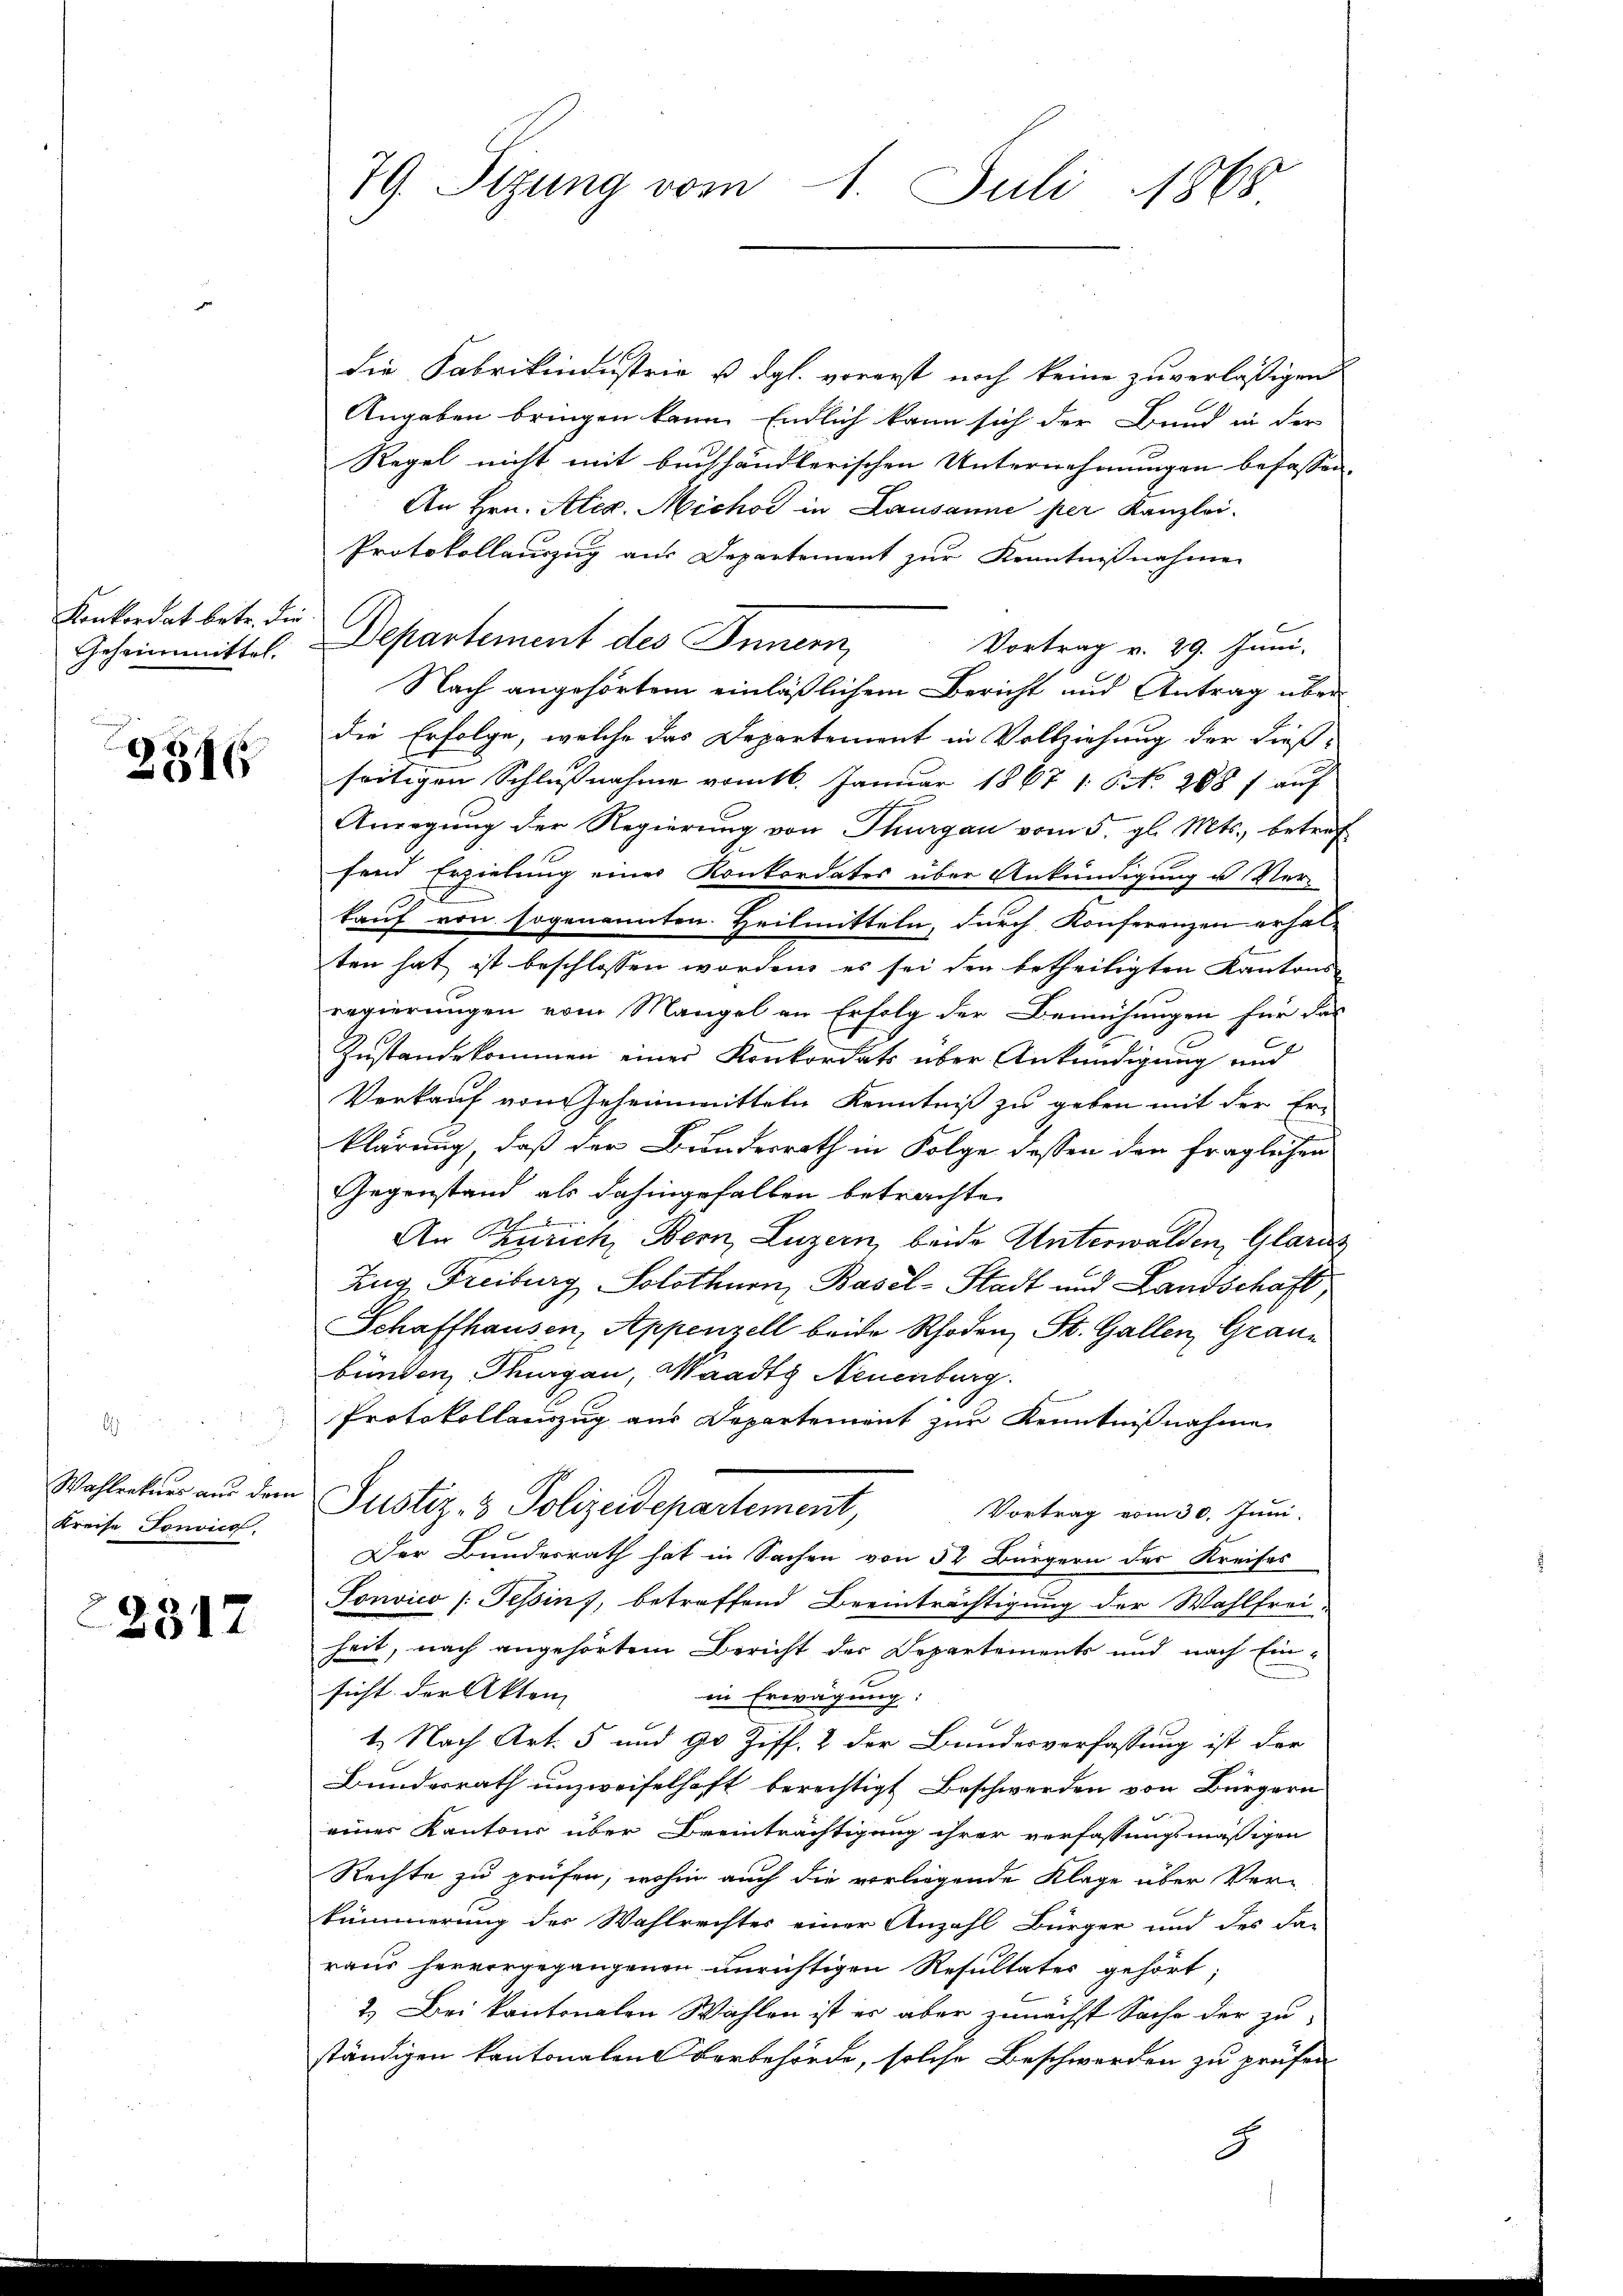
onkordat betr. die

2
016

Kreise Tonvict

2317

79. Sizung vom 1. Juli 1868

die Fabrikindustria u. dgl. vorerst noch keine zuverlässigen
Angaben bringen kann. Endlich kann sich der Bund in der
Regel nicht mit buchhändlerischen Unternehmungen befassen. |
An Hrn. Alex. Michor in Lausanne per Kanzlei.
Protokollauszug aus Departement zur Kenntnißnahme
Geheimmittel. Departement des Innern,
Vortrag v. 29. Juni.
Nach angehörtem einläßlichem Bericht und Antrag über
die Erfolge, welche das Departement in Vollziehung der dießseitigen Schlussnahme vom 16. Januar 1867 16. No. 288 f auf
Anregŭng der Regierŭng von Thurgau vom 5. gl. Mts., betref
fend Erzielung eines Konkordates über Ankündigung u Ver-
kauf von sogenannten Heilmitteln, durch Konferenzen erhal-
ten hat ist beschlossen worden, es sei den betheiligten Kantons-
regierungen vom Mangel an Erfolg der Bemühungen für das
Zustandekommen einer Konkordats über Ankündigung und
Verkauf von Geheimmitteln Kenntniß zu geben mit der Er-
klärung, daß der Bundesrath in Folge dessen den fraglichen
Gegenstand als dahingefallen betrachte.
f
An Zürich, Bern, Luzern, beide Unterwalden, Glarus
Zug, Freiburg, Solothurn, Basel-Stadt und Landschaft
Schaffhausen, Appenzell beide Rhoden St. Gallen, Graubünden, Thurgau, Waadt Neuenburg.
Protokollauszug aus Departement zur Kenntnißnahme
Wahlenker aus dem Justiz- & Polizeidepartement,
Vortrag vom 30. Juni:
Der Bundesrath hat in Sachen von 54 Bürgern der Kreises
Tonvico /: Tessin, betreffend Beeinträchtigung der Wahlfrei-
heit, nach angehörtem Bericht der Departements und nach Einsicht der Akten
in Erwägung:
1. Nach Art. 5 und 90 Ziff. 2 der Bundesverfassung ist der
Bundesrath unzweifelhaft berechtigt Beschwerden von Bürgern
einer Kantons über Dreinträchtigung ihrer verfassungsmässigen
Rechte zu prüfen, wohin auch die vorliegende Klage über Ver-
kümmerung der Wahlrechtes einer Anzahl Bürger und des Fa-
raus hervorgegangenen unrichtigen Resultater gehört;
2.) Bei kantonalen Wahlen ist er aber zunächst Sache der zu
ständigen kantonalen Vorbehörde, solche Beschwerden zu prüfen
2